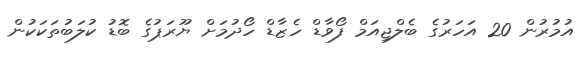
އުމުރުން 20 އަހަރުގެ ބެލްޖިއަމް ފޯވާޑް ހެޒާޑް ހޯދުމަށް ޔޫރަޕުގެ ބޮޑު ކުލަބުތަކަކުން